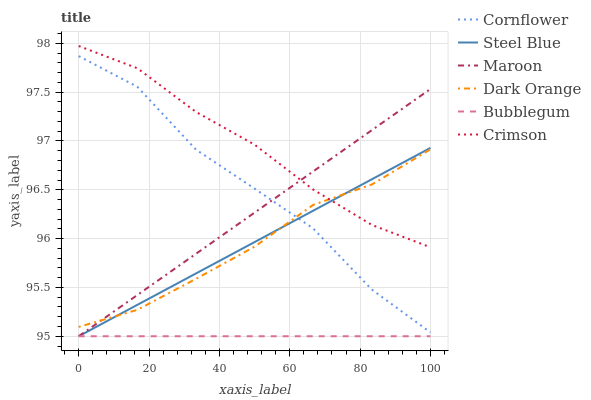
| xaxis_label | Cornflower | Steel Blue | Maroon | Dark Orange | Bubblegum | Crimson |
 | --- | --- | --- | --- | --- | --- | --- |
 | 0 | 97.9 | 95 | 95 | 95.1 | 95 | 98 |
 | 16.7 | 97.6 | 95.3 | 95.4 | 95.3 | 95 | 97.7 |
 | 33.3 | 96.9 | 95.6 | 95.8 | 95.6 | 95 | 97.3 |
 | 50 | 96.5 | 96 | 96.3 | 95.9 | 95 | 97 |
 | 66.7 | 96.1 | 96.3 | 96.7 | 96.3 | 95 | 96.5 |
 | 83.3 | 95.5 | 96.6 | 97.1 | 96.6 | 95 | 96.1 |
 | 100 | 95 | 96.9 | 97.5 | 96.9 | 95 | 95.9 |